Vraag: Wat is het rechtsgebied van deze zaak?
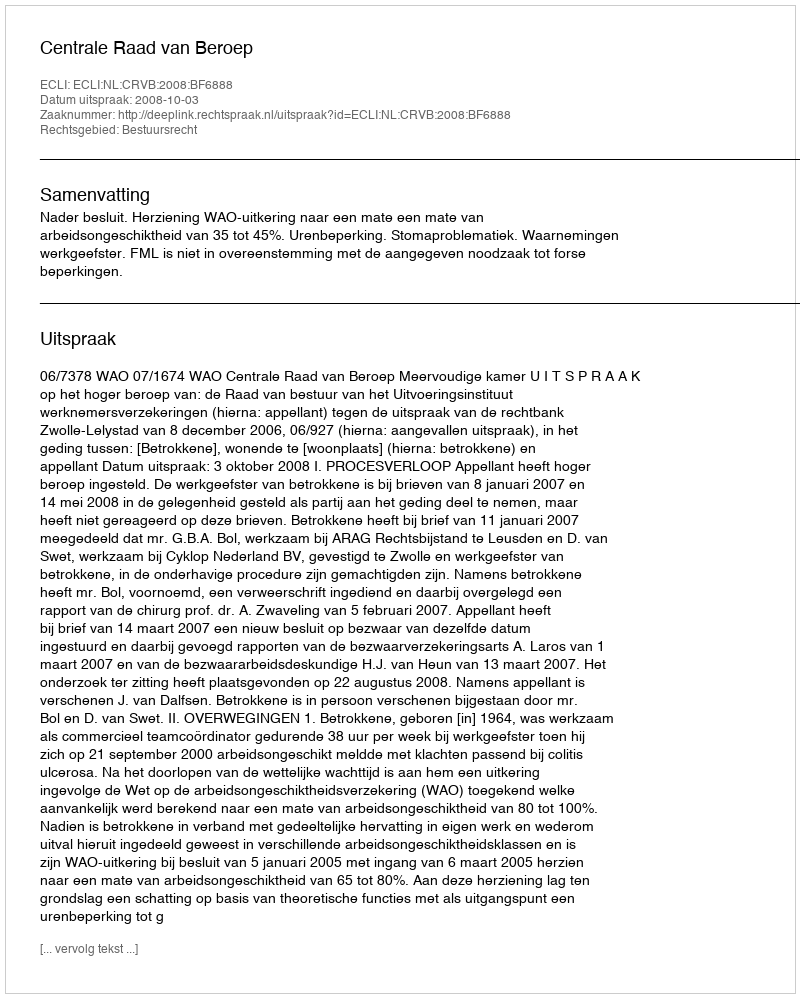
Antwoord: Bestuursrecht